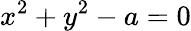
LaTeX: x^{2}+y^{2}-a=0